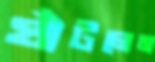
ঘাঁটলেম